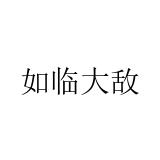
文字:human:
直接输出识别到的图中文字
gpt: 如临大敌